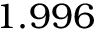
1 . 9 9 6